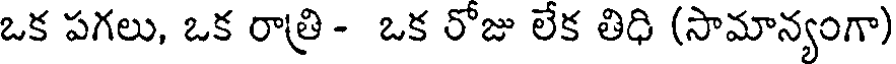
ఒక పగలు, ఒక రాత్రి- ఒక రోజు లేక తిధి (సామాన్యంగా)